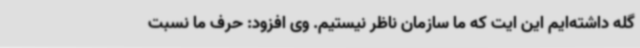
گله داشته‌ایم این ایت که ما سازمان ناظر نیستیم. وی افزود: حرف ما نسبت